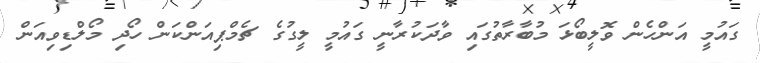
ގައުމީ އަންހެން ވޮލީބޯޅަ މުބާރާތުގައި ވާދަކުރާނީ ގައުމީ ލީގުގެ ޗެމްޕިއަންކަން ހޯދި މޯލްޑިވިއަން